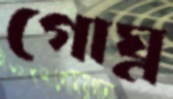
গোঘ্ন